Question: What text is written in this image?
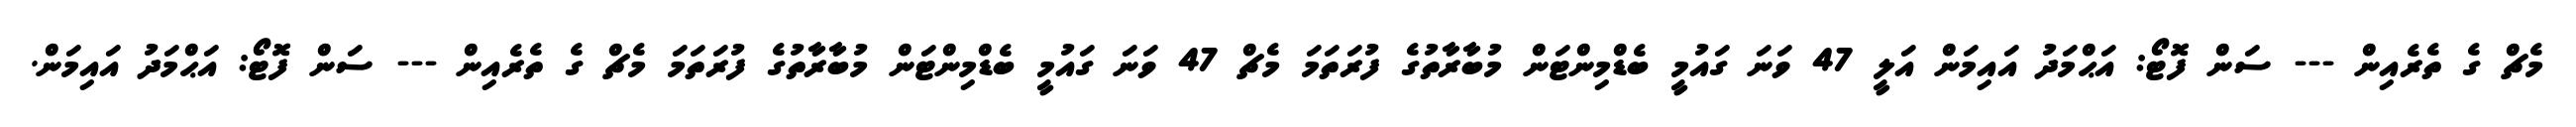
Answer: މެޗް ގެ ތެރެއިން --- ސަން ފޮޓޯ: އަޙްމަދު އައިމަން އަލީ 47 ވަނަ ގައުމީ ބެޑްމިންޓަން މުބާރާތުގެ ފުރަތަމަ މެޗް 47 ވަނަ ގައުމީ ބެޑްމިންޓަން މުބާރާތުގެ ފުރަތަމަ މެޗް ގެ ތެރެއިން --- ސަން ފޮޓޯ: އަޙްމަދު އައިމަން.